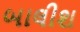
બાલીશ